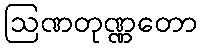
ဩဏတုဏ္ဏတော